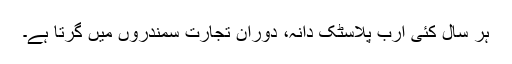
ہر سال کئی ارب پلاسٹک دانہ، دورانِ تجارت سمندروں میں گرتا ہے۔